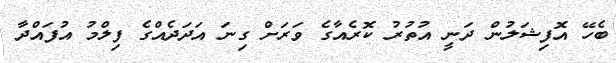
ބެހޭ އޮފިޝަލުން ދަނީ އުތުރު ކޮރެއާގެ ވަރަށް ގިނަ އަދަދެއްގެ ފިލްމު އުފައްދާ